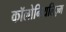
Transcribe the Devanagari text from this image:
कॉलोनियलिज़्म